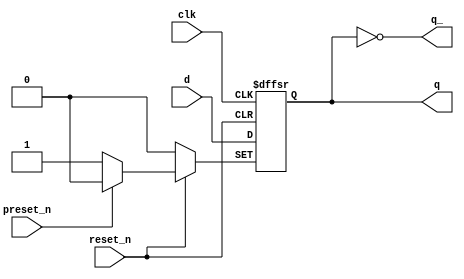
`timescale 1ns / 1ps
//////////////////////////////////////////////////////////////////////////////////
// Company: 
// 
// Design Name: D Filp Flop with Preset & reset
// Module Name: D_FF
// Project Name: D Filp Flop with Preset & reset 
// Target Devices: 
// Tool Versions: Vivado 2020.2.2
// Description: 
// 
// Dependencies: 
// 
// Revision:
// Revision 0.01 - File Created
// Additional Comments:
// 
//////////////////////////////////////////////////////////////////////////////////


module D_FF(
    q,
    q_,
    clk,
    preset_n,
    reset_n,
    d
    );
    
    output reg q;
    output q_;
    input clk;
    input preset_n;
    input reset_n;
    input d;
    
    assign q_ = ~q;
    
    always@(posedge clk or negedge preset_n or negedge reset_n)
    begin
        if(!preset_n)
            q <= 1;
        
        else if(!reset_n)
            q <= 0;
        
        else
            q <= d;    
    end
endmodule